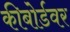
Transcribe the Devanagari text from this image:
कीबोर्डवर